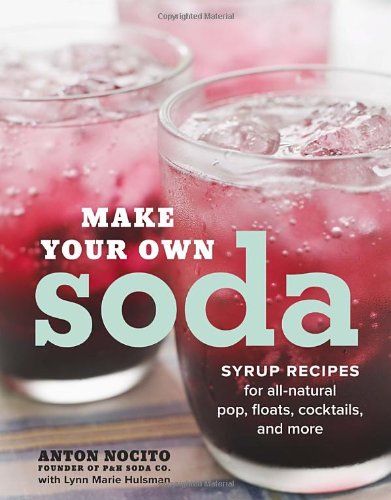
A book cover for Make Your Own Soda: Syrup Recipes for All-Natural Pop, Floats, Cocktails, and More; Anton Nocito; Cookbooks, Food & Wine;